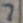
Text: 2